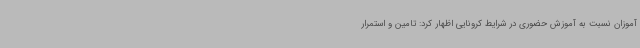
آموزان نسبت به آموزش حضوری در شرایط کرونایی اظهار کرد: تامین و استمرار